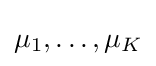
\mu _{1},\dots ,\mu _{K}